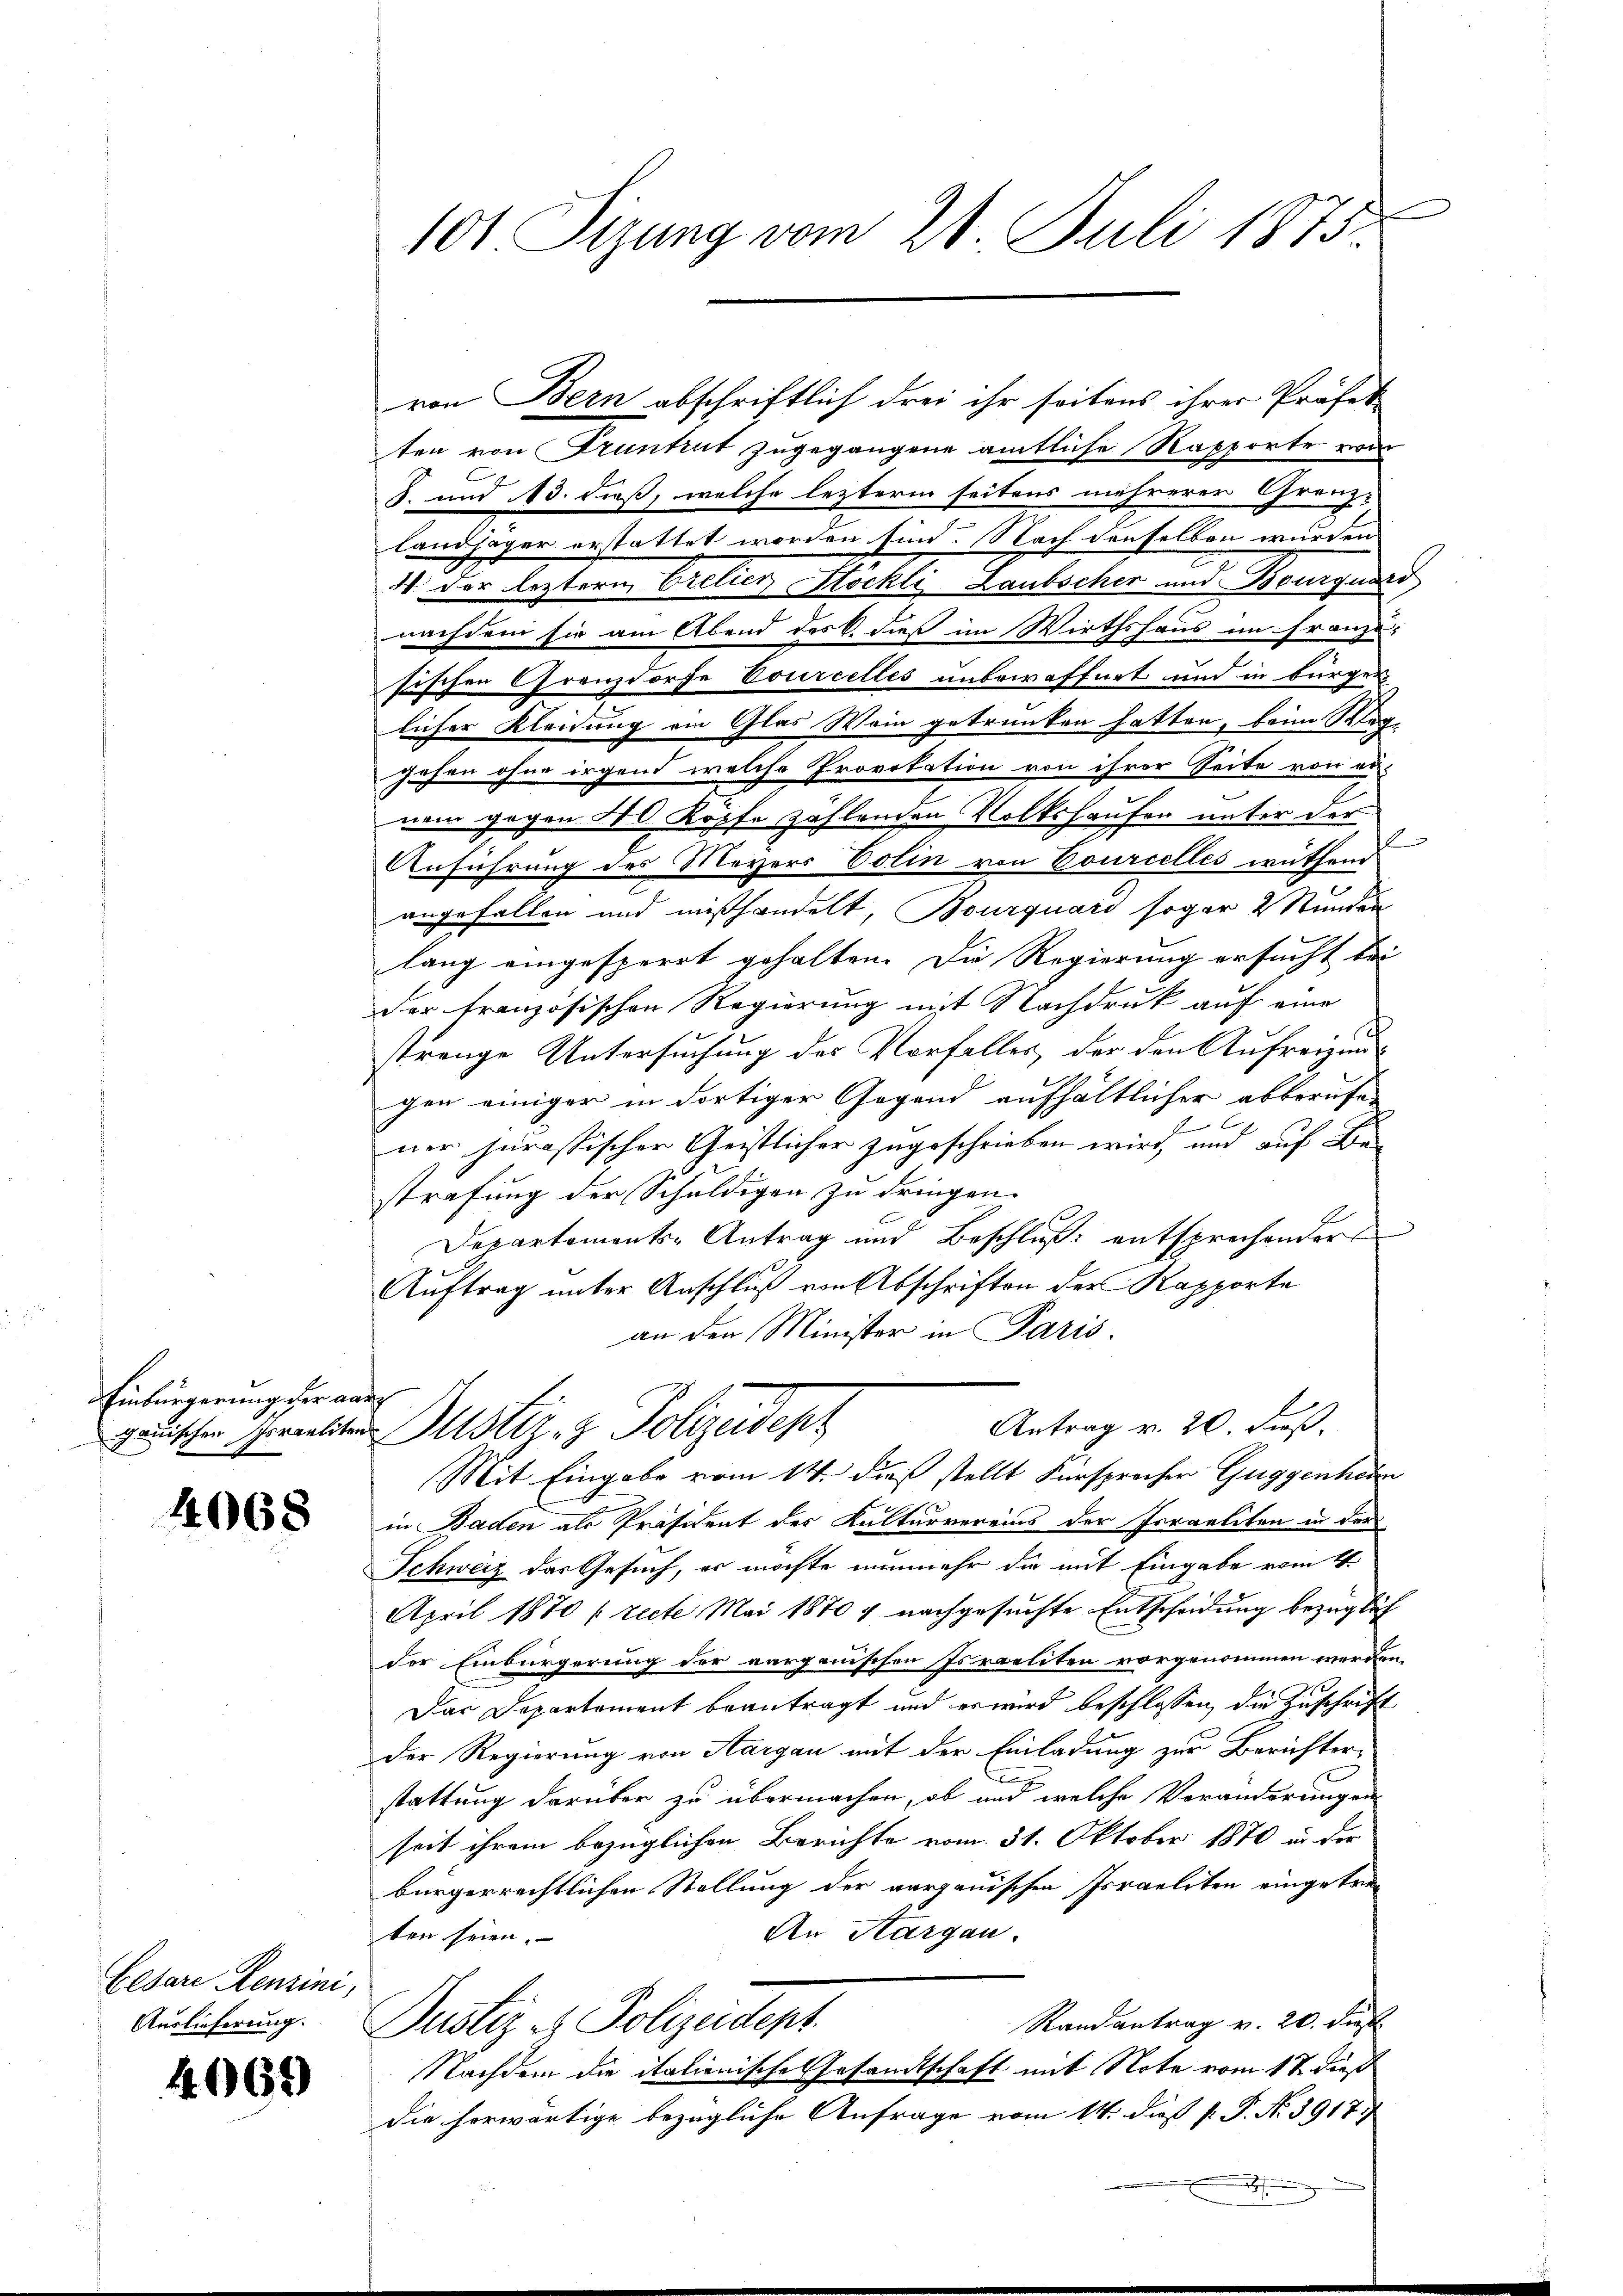
Einbürgerung der aar

4068

Elbare Renzini,
Auslieferung.

4069

e
101 Sizung vom 21. Juli 1875.

von Bern abschriftlich drei ihr seitens ihrer Präfet
ten von Frantent zugegangene amtliche Rapporte von
S. und 13. dieß, welche lezterm seitens mehrerer Grenz-
landjäger erstattet worden sind. Nach denselben wurden
2
4 der leztern Orelier Stöckli Laubscher und Bourquart
nachdem sie am Abend des C. dieß im Wirthshaus im Franze
sischen Grenzdorfe Courcelles unbewaffnet und in bürger
licher Kleidung ein Glas Wein getrunken hatten, beim Klag-
gehen ohne irgend welche Provokation von ihrer Seite von au-
nem gegen 500 Kopfe zahlenden Volkshausen unter der
Anführung des Meyers Votin von Courcelles müttend
angefallen und mißhandelt, Bourquari sogar 2 Stunden
lang eingesperrt gehalten. Die Regierung ersucht bei
der französischen Regierung mit Nachdruk auf eine
trenge Untersuchung des Vorfalles, der den Aufreiun
gen einiger in dortiger Gegend aufhältlicher abberufe
f
ner jurassischer Geistlicher zugeschrieben wird, und auf Be-
strafung der Schuldigen zu dringen.
Departements-Antrag und Beschluß entsprechender
Auftrag unter Anschluß von Abschriften der Rapporte
an den Minister in Paris.
Antrag v. 20. dieß.
ganischen Gerantiten Mustiz- & Polizeidept
Mit Eingabe vom 14. dieß stellt Fürsprocher Guggenhei
in Baden als Präsident des Kulturvereins der Israeliten in der
Schweiz das Gesuch, es möchte nunmehr die mit Eingabe vom 4.
April 1870 (recte Mai 1870 u nachgesuchte Entscheidung bezüglich
der Einbürgerung der aarganischen Israeliten vorgenommen werden,
Das Departement beantragt und er wird beschlossen, die Zuschrift
Der Regierung von Aargau mit der Einladung zur Berichter-
n
stattung darüber zu übermachen, ob und welche Veränderungen
seit ihrem bezüglichen Berichte vom 31. Oktober 1870 in der
bürgerrechtlichen Stellung der aargauischen Israeliten eingetre
An Aargau.
ten seien.
Randantrag v. 20. Dies
Justiz & Polizeidept.
Nachdem die italienische Gesandtschaft mit Note vom 17. dieß
die herwärtige bezügliche Anfrage vom 14. dieß P. P. No. 3917